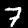
Digit: 7